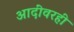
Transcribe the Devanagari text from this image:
आदींवरही